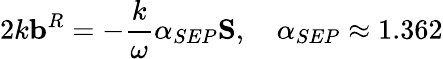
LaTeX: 2k\mathbf{b}^{R}=-\frac{k}{\omega}\alpha_{SEP}\mathbf{S},\quad\alpha_{SEP}\approx 1.362